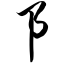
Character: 阝